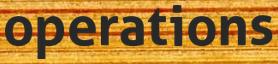
operations